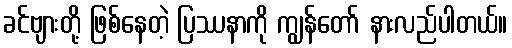
ခင်ဗျားတို့ ဖြစ်နေတဲ့ ပြဿနာကို ကျွန်တော် နားလည်ပါတယ်။